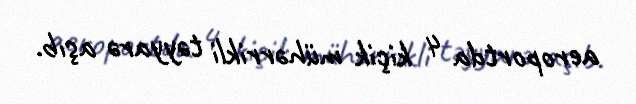
aeroportda 4 kiçik mühərrikli təyyarə aşıb.